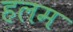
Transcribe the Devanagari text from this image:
हलम